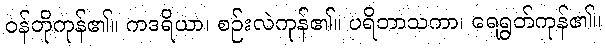
ဝန်တိုကုန်၏။ ကဒရိယာ၊ စဉ်းလဲကုန်၏။ ပရိဘာသကာ၊ ရေရွတ်ကုန်၏။